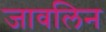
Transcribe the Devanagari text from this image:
जावलिन